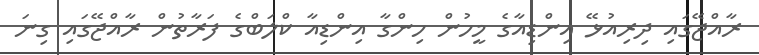
ރާއްޖޭގައި ދިރިއުޅޭ އިންޑިއާގެ މީހުން ހިންގާ އިންޑިއާ ކްލަބްގެ ފަރާތުން ރާއްޖޭގައި ގިނަ